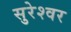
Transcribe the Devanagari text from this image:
सुरेश्‍वर